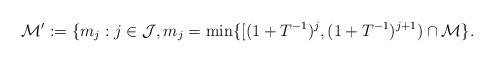
LaTeX: \begin{align*}\mathcal{M'} := \{ m_j : j \in \mathcal{J}, m_j = \min\{[(1+T^{-1})^{j}, (1+T^{-1})^{j+1}) \cap \mathcal{M} \}.\end{align*}